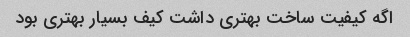
اگه کیفیت ساخت بهتری داشت کیف بسیار بهتری بود